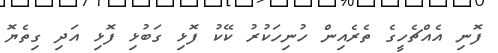
ފޮނި އެއްޗެހީގެ ތެރެއިން ހުނިހަކުރު ކޭކު ފޮޅި ގަބުޅި ފޮޅި އަދި ގިތެޔޮ